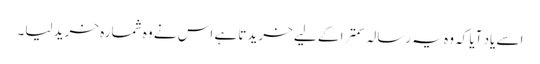
اسے یاد آیا کہ وہ یہ رسالہ سمترا کے لیے خریدتا ہے اس نے وہ شمارہ خرید لیا۔